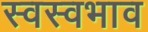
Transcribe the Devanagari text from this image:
स्वस्वभाव